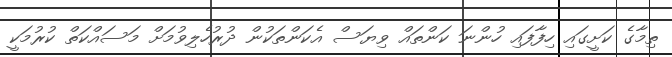
ތިމާގެ ކަށީގައި ހިފާފައި ހުންނަ ކަންތައް ވިޔަސް އެކަންތަކުން ދުރުހެލިވުމަށް މަސައްކަތް ކުރުމަކީ